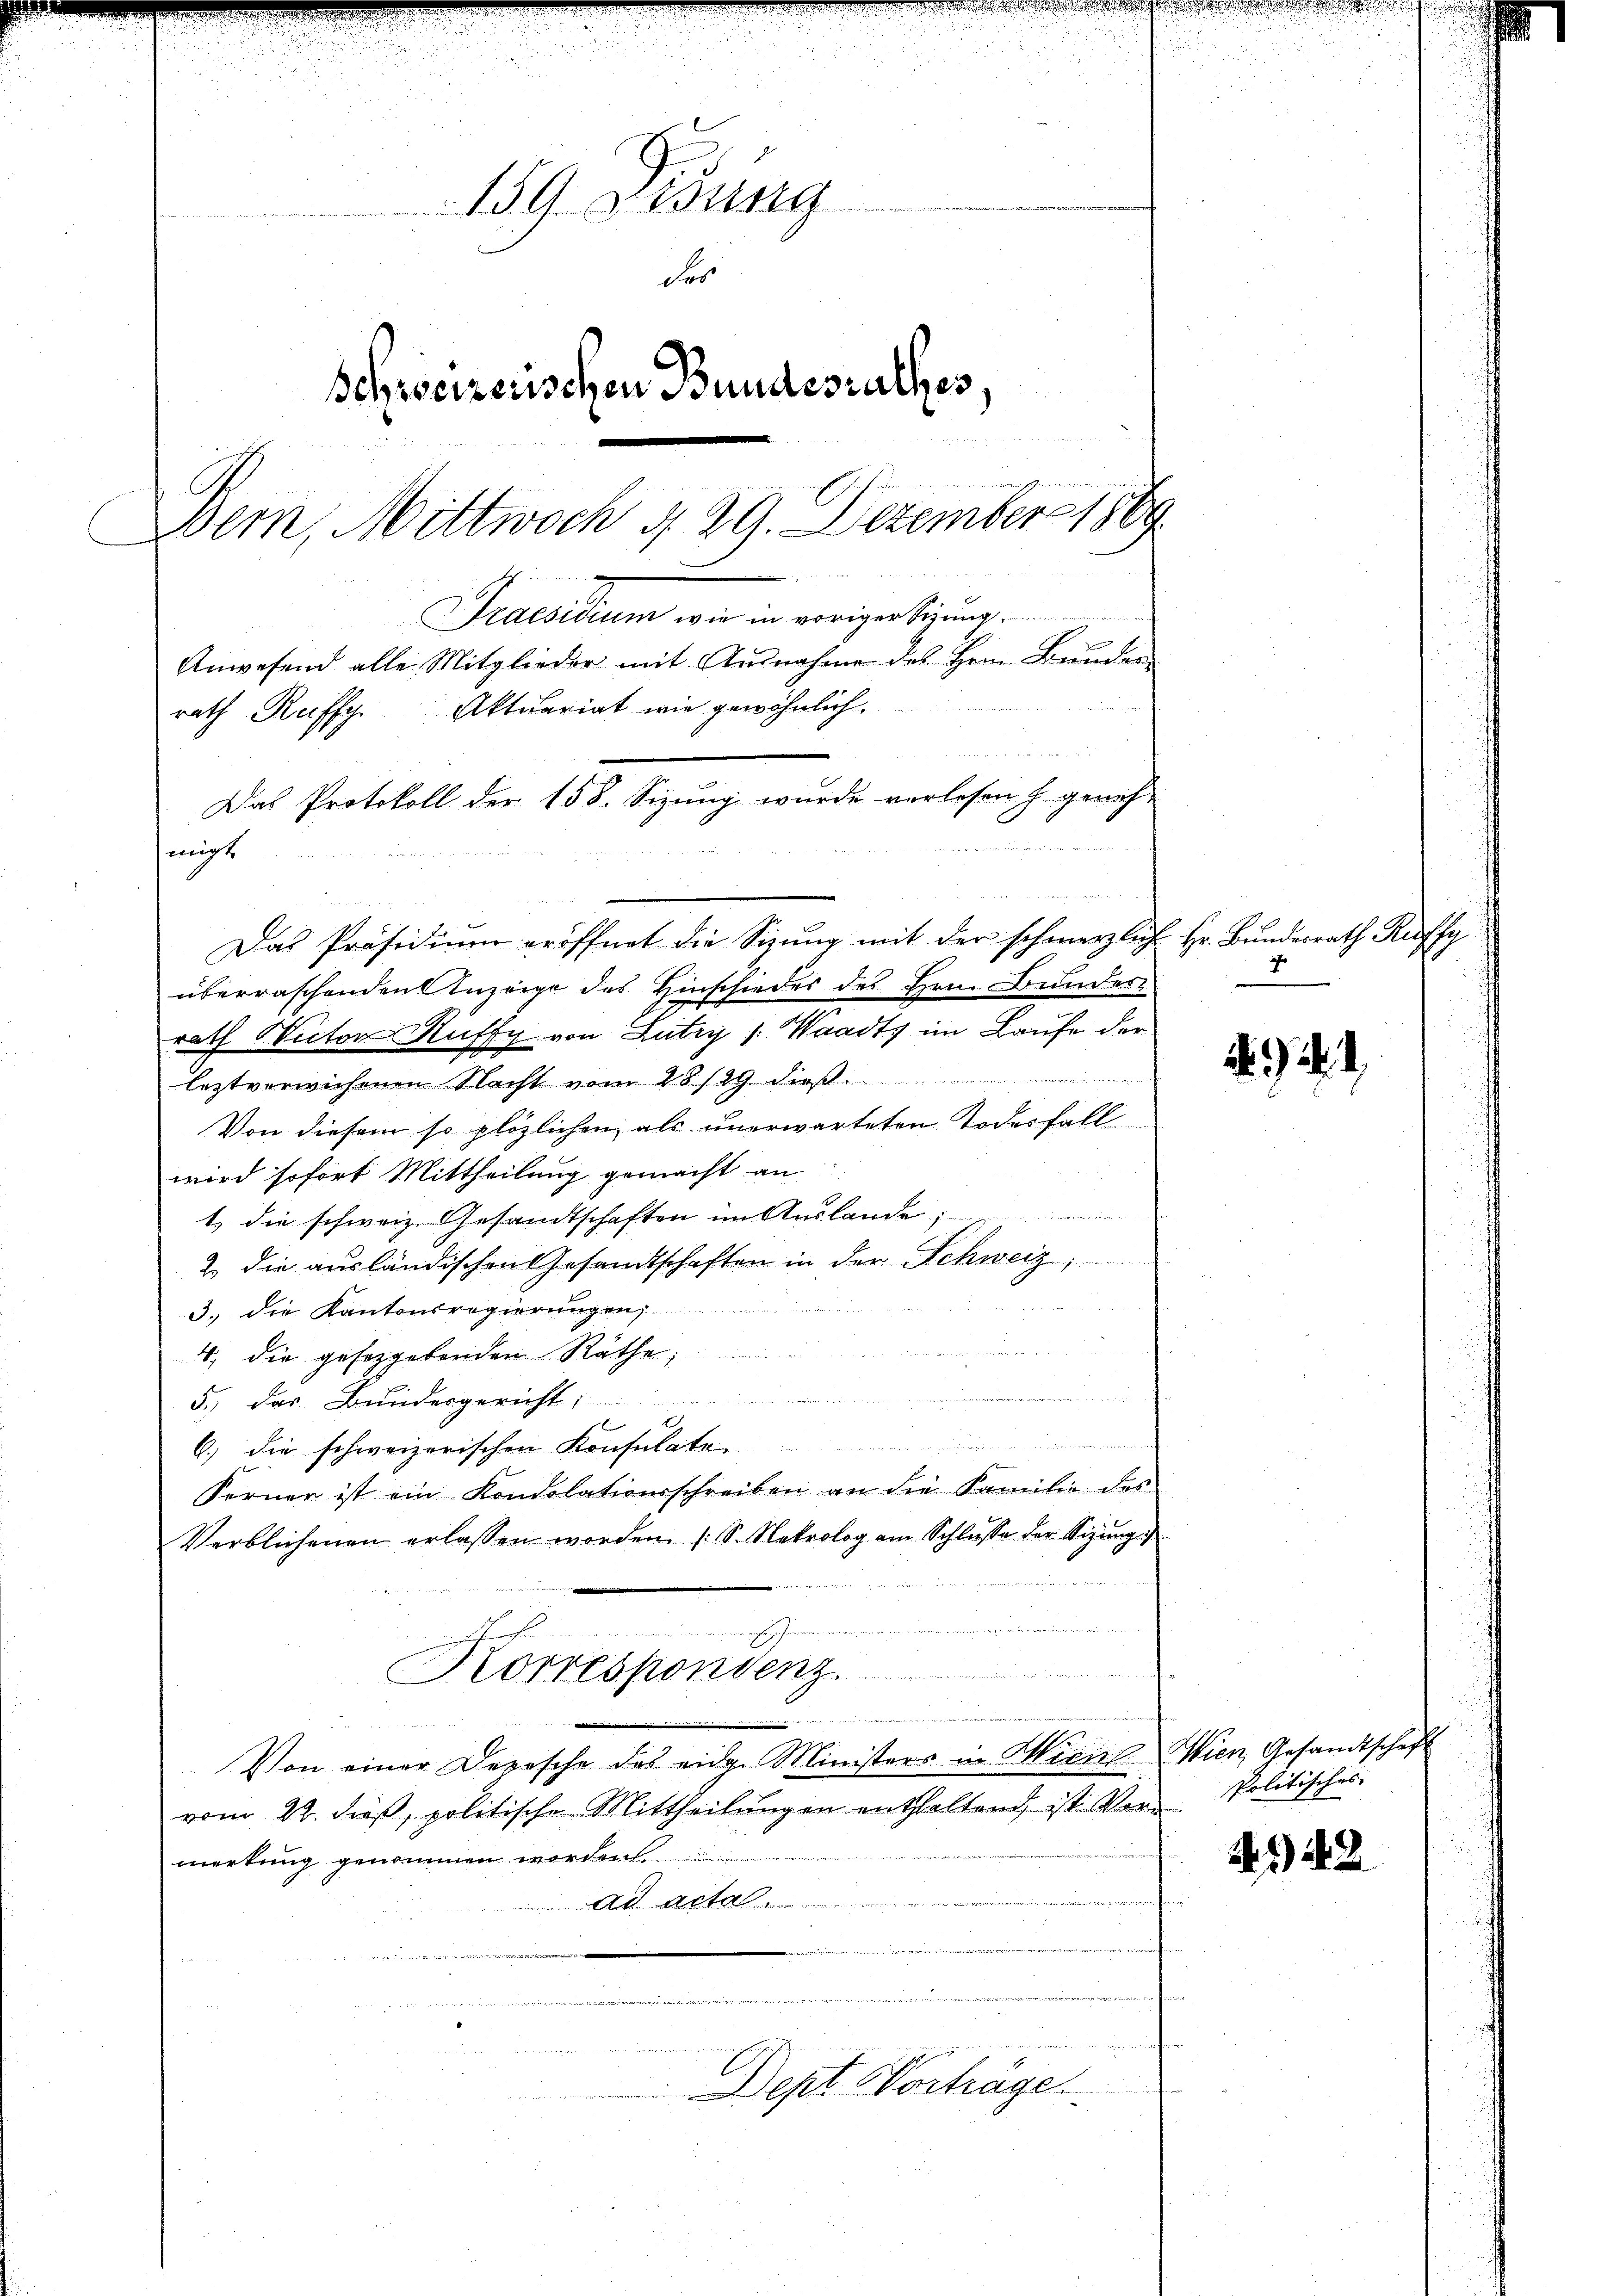
u
159. Disung
des
Schweizerischen Bundesrathes,
h
E
Dern, Mittwoch 4 29. Dezember 1869
Tedesidum wir in vorigertigung.
Anwesend alle Mitglieder mit Ausnahme des Hern. Bunden
rath Kuffge Aktuariat wie gewöhnlich.
Das Protokoll der 158. Sizung wurde vorlesen s. geneh-
migt.
e

.
r

Das Präsidium eröffnet die Sizŭng mit der schmerzlich Hr. Bundesrath Ruffy
überraschenden Anzeige des Hinschieder des Hrn. Bunder-
rath Nictor Ruffy von Lutry /: Waadts im Laufe der

leztverwichenen Nacht vom 28/29. dieß
Von diesem so plözlichen als unerwarteten Todesfall
wird sofort Mittheilung gemacht an
1. die schweiz. Gesandtschaften im Auslande
2. die ausländischen Gesandtschaften in der Schweiz,
3.) die Kantonsregierungen,
4, die gesetzgebenden Räthe,
a
5.) Das Bundesgericht
f

6) die schweizerischen Konsulaten
Ferner ist ein Kondolationsschreiben an die Familie des
Verblichenen erlassen worden (S. Nekrolog am Schlŭsse der Sizung
s
n dritte ich gelten den Kanton
g
u
Korrespondenz.
Von einer Depesche des eidge Ministers in Hiene Wien, Gesandtschaft
vom 22. dieß, politische Mittheilungen enthaltend, ist Vormerkung genommen worden.
ad acta.
wungen

n
Dept Vorhäge

8

2).

Politisches

42